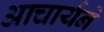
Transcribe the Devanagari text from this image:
आचार्यने